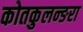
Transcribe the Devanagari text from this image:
कोतकुलन्ङरा